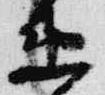
衛